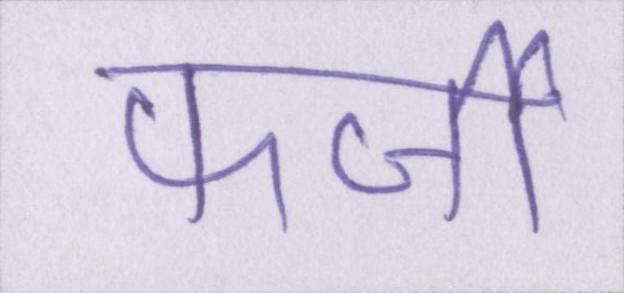
फर्जी